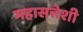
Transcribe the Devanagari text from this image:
महासत्तेशी